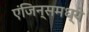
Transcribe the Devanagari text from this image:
एंजिन्समध्ये